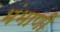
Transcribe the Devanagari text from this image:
भंभाणी